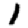
Digit: 1